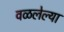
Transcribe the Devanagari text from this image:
वळलेल्या